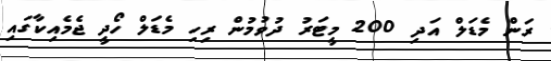
ރަން މެޑަލް އަދި 200 މީޓަރު ދުވުމުން ރިހި މެޑަލް ހޯދީ ޖެމެއިކާގައި